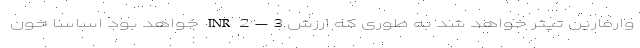
وارفارین تیتر خواهد شد به طوری که ارزش INR 2 – 3 خواهد بود اساسا خون